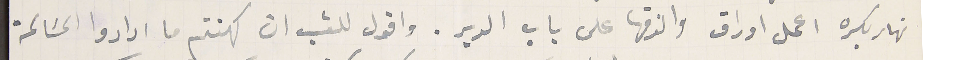
نهار بكره اعمل اوراق والزقها على باب الدير. واقول للشعب ان كهنتم ما ارادوا المسَالمة